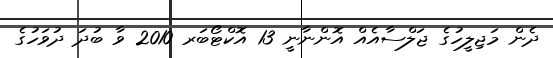
ދެން މަޖިލީހުގެ ޖަލްސާއެއް އޮންނާނީ 13 އޮކްޓޯބަރ 2010 ވާ ބުދަ ދުވަހުގެ